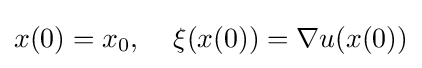
x(0)=x_{0},\;\;\;\;\xi (x(0))=\nabla u(x(0))